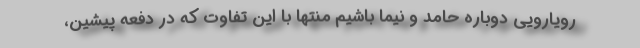
رویارویی دوباره حامد و نیما باشیم منتها با این تفاوت که در دفعه پیشین،